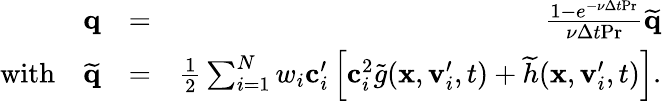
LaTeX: \begin{array}{rlr}{\mathbf q}&{=}&{\frac{1-e^{-\nu\Delta t\textrm{Pr}}}{\nu\Delta t\textrm{Pr}}\widetilde{\mathbf{q}}}\\ {\textrm{with}\quad\widetilde{\mathbf{q}}}&{=}&{\frac{1}{2}\sum_{i=1}^{N}w_{i}\mathbf c_{i}^{\prime}\left[\mathbf c_{i}^{2}\widetilde{g}(\mathbf x,\mathbf v_{i}^{\prime},t)+\widetilde{h}(\mathbf x,\mathbf v_{i}^{\prime},t)\right].}\end{array}